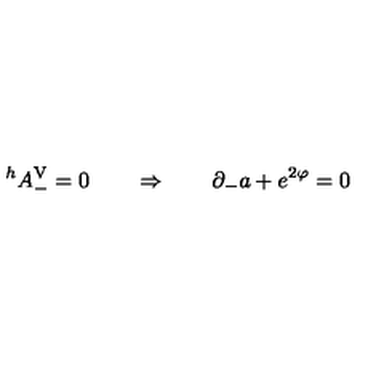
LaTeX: ^ h A _ { - } ^ { \mathrm { \tiny V } } = 0 \qquad \Rightarrow \qquad \partial _ { - } a + e ^ { 2 \varphi } = 0